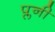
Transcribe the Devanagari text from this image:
प्लनी